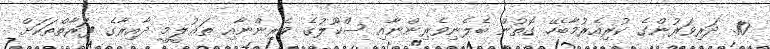
10. ދަރިވަރުންގެ ކުރިއެރުމާބެހޭ ގޮތުން ބެލެނިވެރިންނާއި ސްކޫލުގެ ވެރިންނާއި ތަޢުލީމީ ދާއިރާގެ ފަރާތްތަކަށް